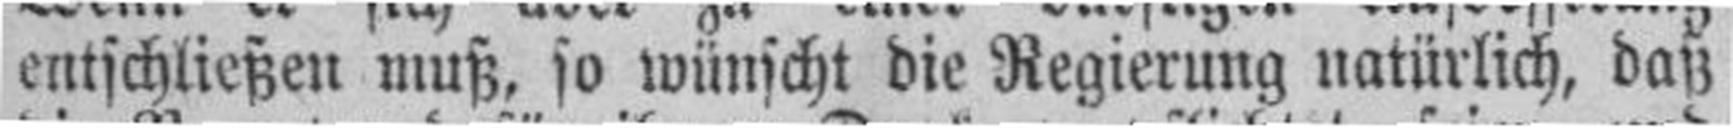
entschließen muß, so wünscht die Regierung natürlich, daß